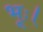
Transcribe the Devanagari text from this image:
भूः।